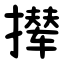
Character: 撵